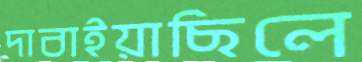
দাবাইয়াছিলে